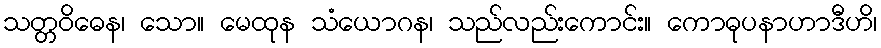
သတ္တဝိဓေန၊ သော။ မေထုန သံယောဂန၊ သည်လည်းကောင်း။ ကောဓုပနာဟာဒီဟိ၊